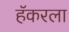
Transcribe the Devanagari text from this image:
हॅकरला